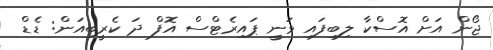
ޖޯން އަށް އޮސްކާ ލިބިފައި ވަނީ ޕައިރެޓްސް އޮފް ދަ ކެރީބިއަން: ޑެޑް